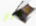
للأرض